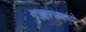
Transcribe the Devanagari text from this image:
गुञ्जारवमध्ये